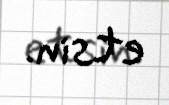
etsin.